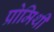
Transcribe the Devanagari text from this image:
प्रोमिथी